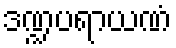
ဒဏ္ဍပရာယဏံ